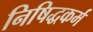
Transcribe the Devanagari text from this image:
निषिद्धकर्म